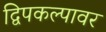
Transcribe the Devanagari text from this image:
द्विपकल्पावर